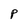
Character: P